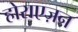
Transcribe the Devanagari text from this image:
होराएज़न